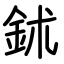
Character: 鉥